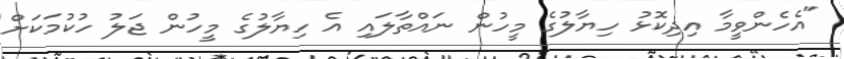
"އެހެންވީމާ އިދިކޮޅު ހިޔާލުގެ މީހުން ނައްތާލައި އެ ހިޔާލުގެ މީހުން ޖަލު ހުކުމަކަށް